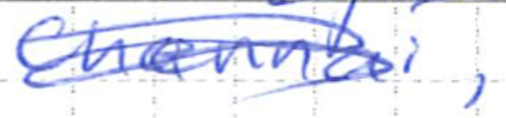
Text: Chennai,
Cross-out: scratch
Writing tool: ballpoint